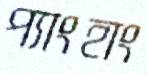
প্যাংহাং